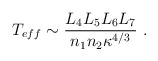
\begin{align*}T_{eff}\sim {L_4 L_5 L_6 L_7 \over n_1 n_2 \kappa^{4/3} }\ .\end{align*}